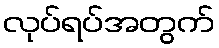
လုပ်ရပ်အတွက်